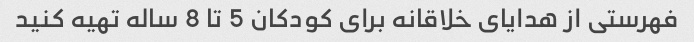
فهرستی از هدایای خلاقانه برای کودکان 5 تا 8 ساله تهیه کنید